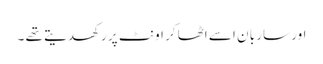
اور سار با ن اسے اٹھا کر اونٹ پر رکھدیتے تھے ۔